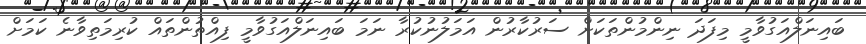
ބައިނަލްއަގުވާމީ މިފަދަ ނިންމުންތަކަށް ސަރުކާރުން އަމަލުނުކުރާ ނަމަ ބައިނަލްއަގުވާމީ ފިއްތުންތައް ކުރިމަތިވާނެ ކަމަށް